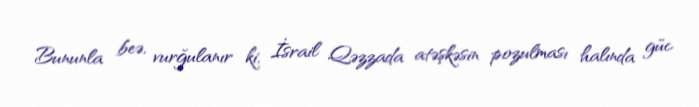
Bununla beə, vurğulanır ki, İsrail Qəzzada atəşkəsin pozulması halında güc